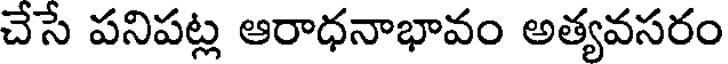
చేసే పనిపట్ల ఆరాధనాభావం అత్యవసరం